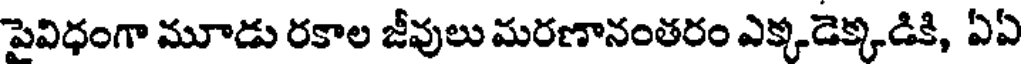
పైవిధంగా మూడు రకాల జీవులు మరణానంతరం ఎక్కడెక్కడికి, ఏఏ